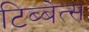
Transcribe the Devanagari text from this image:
टिब्बेत्स